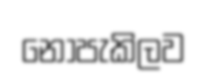
නොපැකිලව